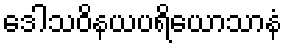
ဒေါသဝိနယပရိယောသာနံ